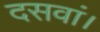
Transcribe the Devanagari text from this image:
दसवां।